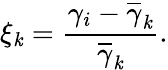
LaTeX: \xi_{\mathit{k}}=\frac{{\gamma_{i}-\overline{{\gamma}}_{\mathit{k}}}}{{\overline{{\gamma}}_{\mathit{k}}}}.